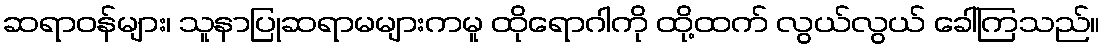
ဆရာဝန်များ၊ သူနာပြုဆရာမများကမူ ထိုရောဂါကို ထို့ထက် လွယ်လွယ် ခေါ်ကြသည်။